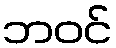
ဘဝင်